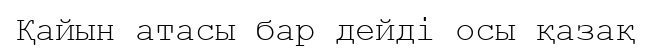
Қайын атасы бар дейді осы қазақ